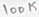
Text: 100K